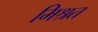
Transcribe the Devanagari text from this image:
मिश्रत